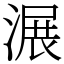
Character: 𣺹